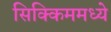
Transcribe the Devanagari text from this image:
सिक्किममध्ये